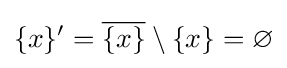
\{x\}'={\overline {\{x\}}}\setminus \{x\}=\varnothing